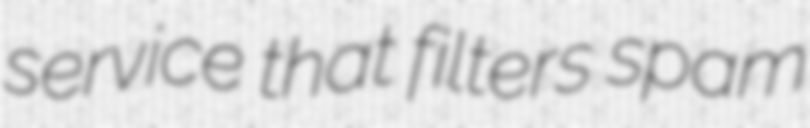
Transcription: service that filters spam